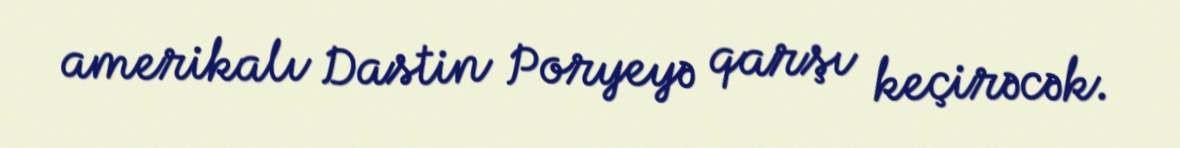
amerikalı Dastin Poryeyə qarşı keçirəcək.